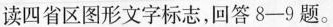
读四省区图形文字标志，回答8-9题。